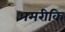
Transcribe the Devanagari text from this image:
अमरीकि